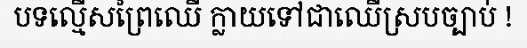
បទល្មើសព្រៃឈើ ក្លាយទៅជាឈើស្របច្បាប់ !